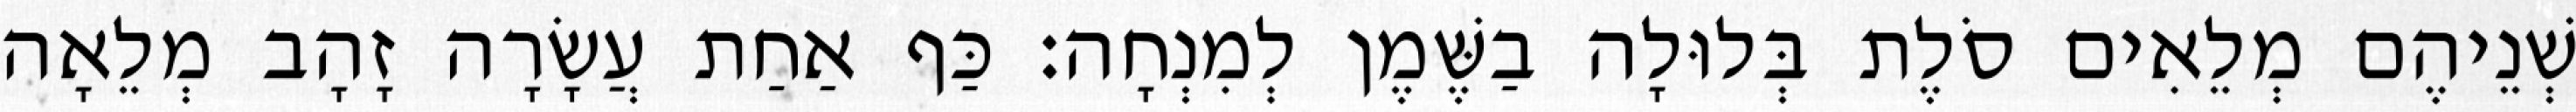
שְׁנֵיהֶם מְלֵאִים סֹלֶת בְּלוּלָה בַשֶּׁמֶן לְמִנְחָה׃ כַּף אַחַת עֲשָׂרָה זָהָב מְלֵאָה